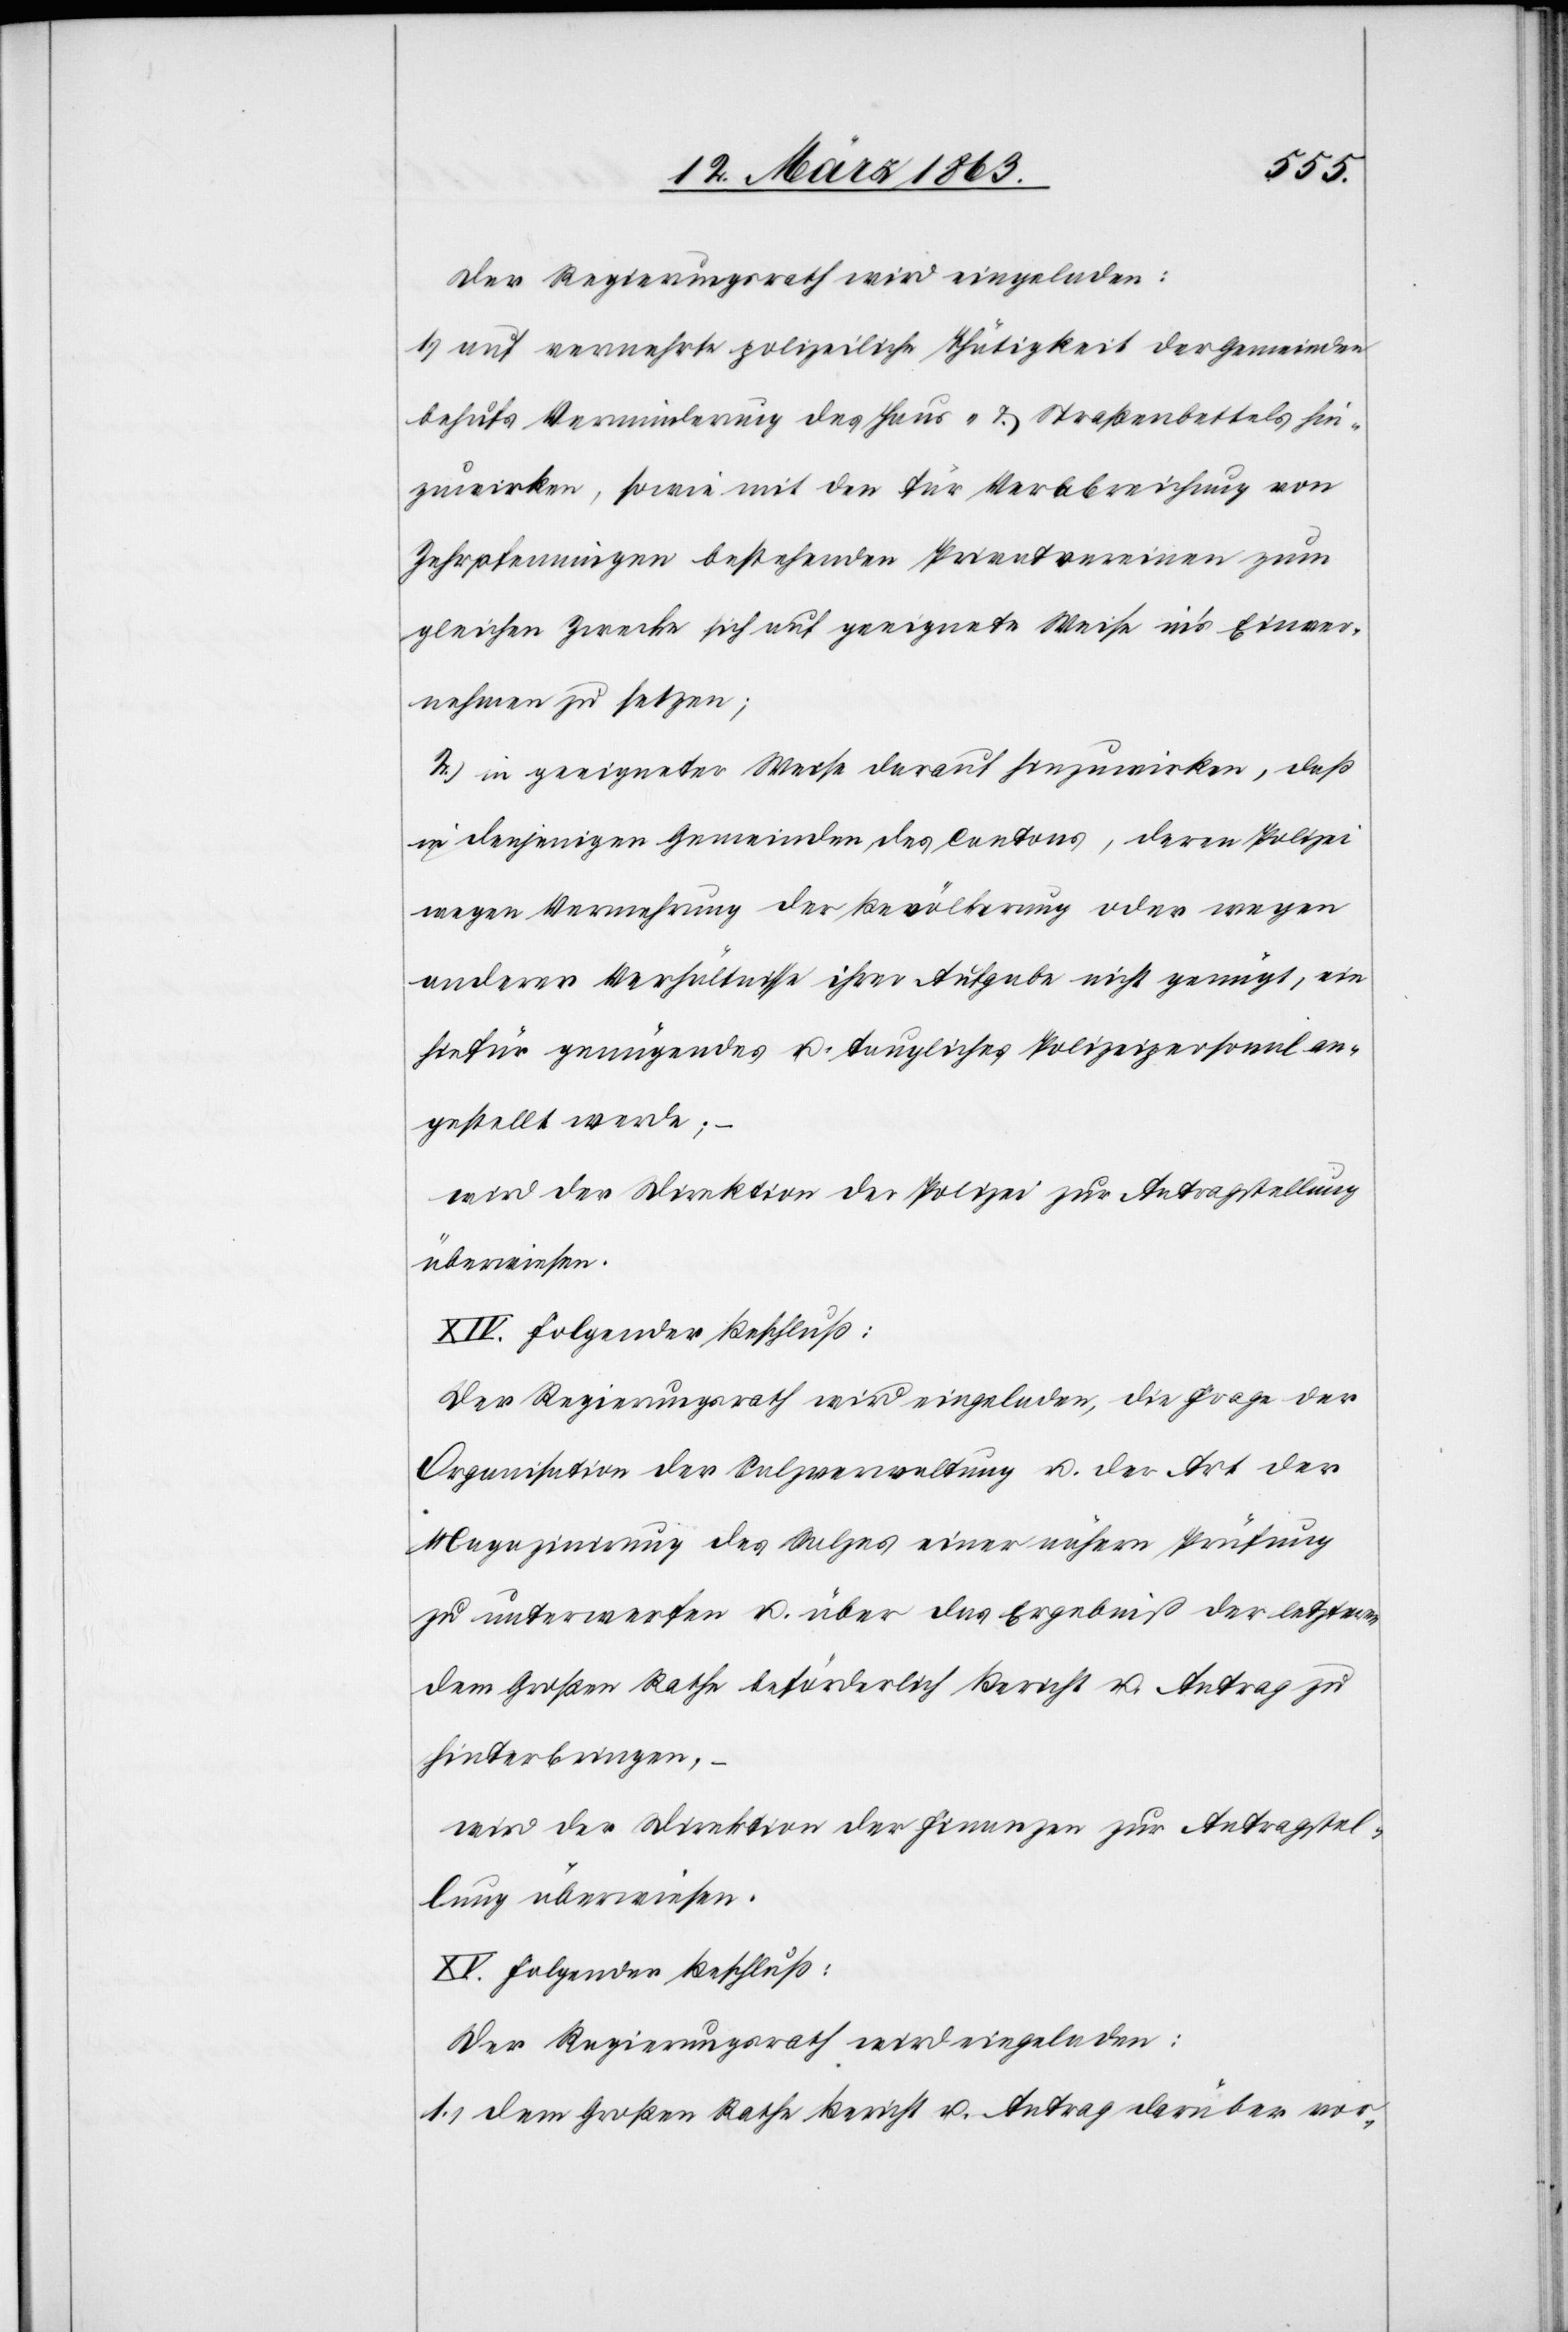
Der Regierungsrath wird eingeladen:
1.) auf vermehrte polizeiliche Thätigkeit der Gemeinden
behufs Verminderung des Haus- & Straßenbettels hin¬
zuwirken, sowie mit den für Verabreichung von
Zehrpfenningen bestehenden Privatvereinen zum
gleichen Zwecke sich auf geeignete Weise in's Einver¬
nehmen zu setzen;
2.) in geeigneter Weise darauf hinzuwirken, daß
in denjenigen Gemeinden des Cantons, deren Polizei
wegen Vermehrung der Bevölkerung oder wegen
anderer Verhältnisse ihrer Aufgabe nicht genügt, ein
hiefür genügendes u. taugliches Polizeipersonal an¬
gestellt werde; –
wird der Direktion der Polizei zur Antragstellung
überwiesen.
XIV. Folgender Beschluß:
Der Regierungsrath wird eingeladen, die Frage der
Organisation der Salzverwaltung u. der Art der
Magazinirung des Salzes einer nähern Prüfung
zu unterwerfen u. über das Ergebniß der letzteren
dem Großen Rathe beförderlich Bericht u. Antrag zu
hinterbringen, –
wird der Direktion der Finanzen zur Antragstel¬
lung überwiesen.
XV. Folgender Beschluß:
Der Regierungsrath wird eingeladen:
1.) Dem Großen Rathe Bericht u. Antrag darüber vor-